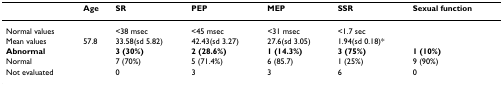
|  | Age | SR | PEP | MEP | SSR | Sexual function |
 | --- | --- | --- | --- | --- | --- | --- |
 | Normal values |  | <38 msec | <45 msec | <31 msec | <1.7 sec |  |
 | Mean values | 57.8 | 33.58(sd 5.82) | 42.43(sd 3.27) | 27.6(sd 3.05) | 1.94(sd 0.18)* |  |
 | Abnormal |  | 3 (30%) | 2 (28.6%) | 1 (14.3%) | 3 (75%) | 1 (10%) |
 | Normal |  | 7 (70%) | 5 (71.4%) | 6 (85.7) | 1 (25%) | 9 (90%) |
 | Not evaluated |  | 0 | 3 | 3 | 6 | 0 |